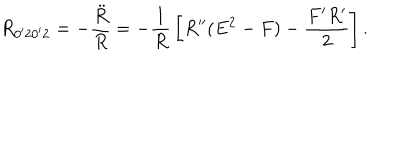
R _ { 0 ^ { \prime } 2 0 ^ { \prime } 2 } = - { \frac { \ddot { R } } { R } } = - { \frac { 1 } { R } } \left[ R ^ { \prime \prime } ( E ^ { 2 } - F ) - { \frac { F ^ { \prime } R ^ { \prime } } { 2 } } \right] .